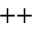
^ { + + }